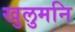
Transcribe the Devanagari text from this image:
खुलुमनि